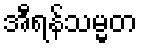
အီရန်သမ္မတ